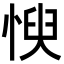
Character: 㥚